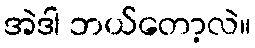
အဲဒါ ဘယ်တော့လဲ။